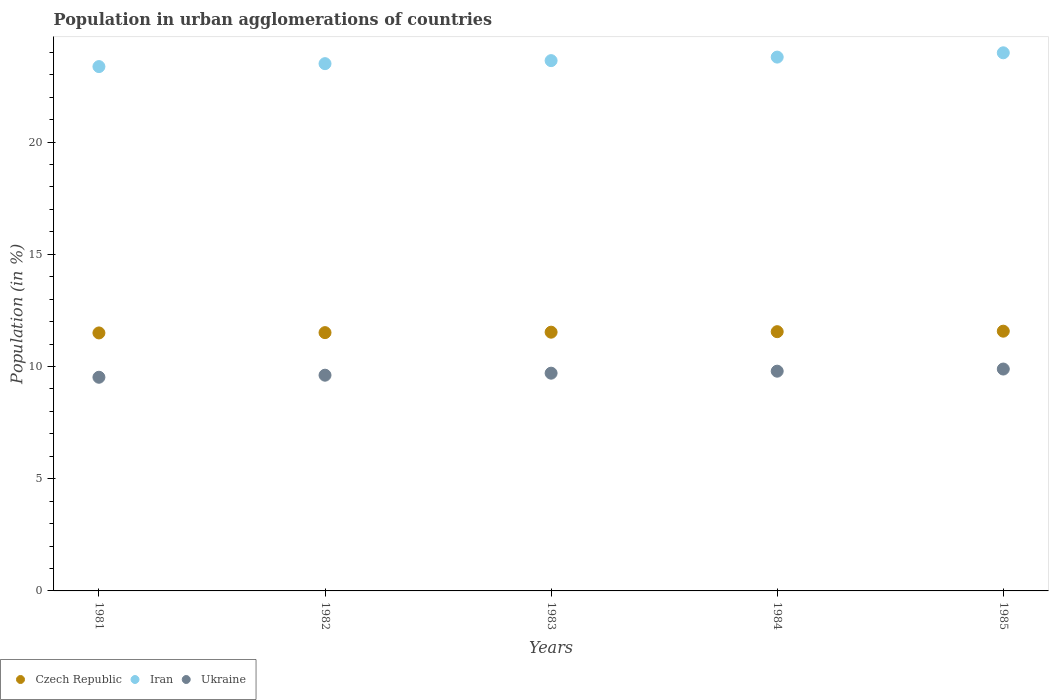
| Years | Czech Republic | Iran | Ukraine |
 | --- | --- | --- | --- |
 | 1981 | 11.5 | 23.4 | 9.52 |
 | 1982 | 11.5 | 23.5 | 9.61 |
 | 1983 | 11.5 | 23.6 | 9.7 |
 | 1984 | 11.6 | 23.8 | 9.79 |
 | 1985 | 11.6 | 24 | 9.89 |